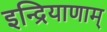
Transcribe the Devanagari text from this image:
इन्द्रियाणाम्